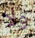
ولا